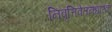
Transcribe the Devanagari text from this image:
निवृत्तिवेतनधारक